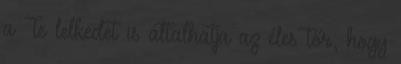
a Te lelkedet is általhatja az éles tőr; hogy